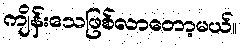
ကျိန်းသေဖြစ်လာတော့မယ်။